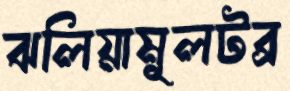
ঝলিয়ামূলটব্র